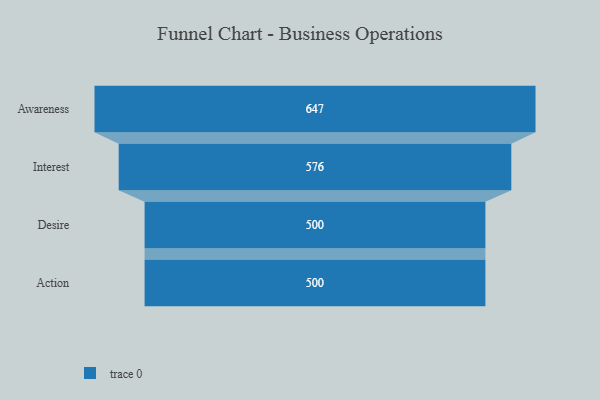
{"axis": {"x": "Stage", "y": "Value"}, "legend": [""], "data": [{"x": "Awareness", "y": 647.0, "type": ""}, {"x": "Interest", "y": 576.0, "type": ""}, {"x": "Desire", "y": 500, "type": ""}, {"x": "Action", "y": 500, "type": ""}]}